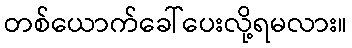
တစ်ယောက်ခေါ်ပေးလို့ရမလား။